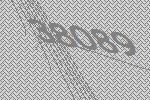
38089